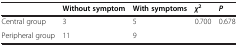
<table><thead><tr><td><b> </b></td><td><b>Without symptom</b></td><td><b>With symptoms</b></td><td><b><i>χ</i><sup>2</sup></b></td><td><b><i>P</i></b></td></tr></thead><tbody><tr><td>Central group</td><td>3</td><td>5</td><td>0.700</td><td>0.678</td></tr><tr><td>Peripheral group</td><td>11</td><td>9</td><td> </td><td> </td></tr></tbody></table>